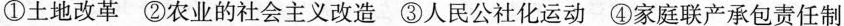
①土地改革②农业的社会主义改造③人民公社化运动④家庭联产承包责任制